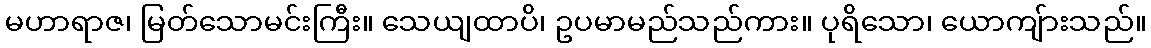
မဟာရာဇ၊ မြတ်သောမင်းကြီး။ သေယျထာပိ၊ ဥပမာမည်သည်ကား။ ပုရိသော၊ ယောကျ်ားသည်။